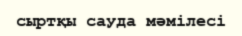
сыртқы сауда мәмілесі